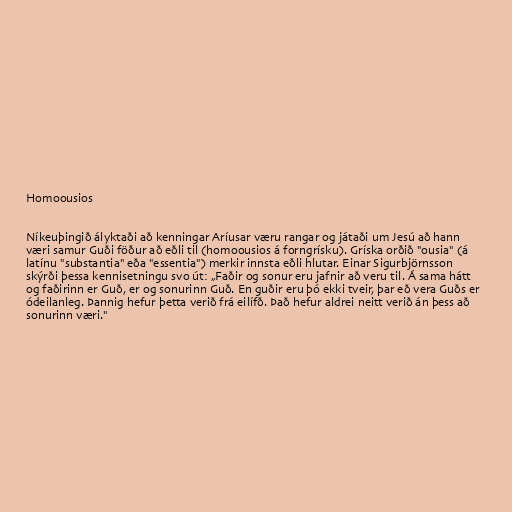
Homoousios

Níkeuþingið ályktaði að kenningar Aríusar væru rangar og játaði um Jesú að hann
væri samur Guði föður að eðli til (homoousios á forngrísku). Gríska orðið "ousia" (á
latínu "substantia" eða "essentia") merkir innsta eðli hlutar. Einar Sigurbjörnsson
skýrði þessa kennisetningu svo út: „Faðir og sonur eru jafnir að veru til. Á sama hátt
og faðirinn er Guð, er og sonurinn Guð. En guðir eru þó ekki tveir, þar eð vera Guðs er
ódeilanleg. Þannig hefur þetta verið frá eilífð. Það hefur aldrei neitt verið án þess að
sonurinn væri."